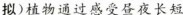
拟)植物通过感受昼夜长短